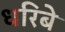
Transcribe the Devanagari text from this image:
धरिबे